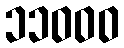
၁၁၀၀၀